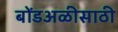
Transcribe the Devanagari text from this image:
बोंडअळीसाठी